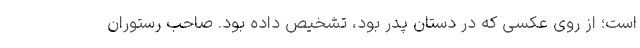
است؛ از روی عکسی که در دستان پدر بود، تشخیص داده بود. صاحب رستوران